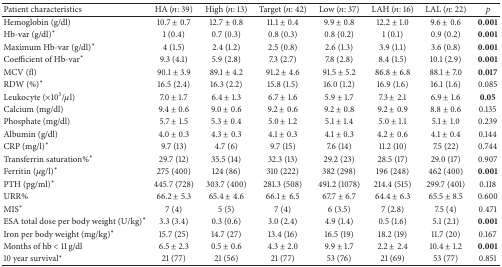
<table><thead><tr><td><b>Patient characteristics</b></td><td><b>HA (<i>n</i>: 39)</b></td><td><b>High (<i>n</i>: 13)</b></td><td><b>Target (<i>n</i>: 42)</b></td><td><b>Low (<i>n</i>: 37)</b></td><td><b>LAH (<i>n</i>: 16)</b></td><td><b>LAL (<i>n</i>: 22)</b></td><td><b><i>p</i></b></td></tr></thead><tbody><tr><td>Hemoglobin (g/dl)</td><td>10.7 ± 0.7</td><td>12.7 ± 0.8</td><td>11.1 ± 0.4</td><td>9.9 ± 0.8</td><td>12.2 ± 1.0</td><td>9.6 ± 0.6</td><td><b>0.001</b></td></tr><tr><td>Hb-var (g/dl)<sup><i>∗</i></sup></td><td>1 (0.4)</td><td>0.7 (0.3)</td><td>0.8 (0.3)</td><td>0.8 (0.2)</td><td>1 (0.1)</td><td>0.9 (0.2)</td><td><b>0.001</b></td></tr><tr><td>Maximum Hb-var (g/dl)<sup><i>∗</i></sup></td><td>4 (1.5)</td><td>2.4 (1.2)</td><td>2.5 (0.8)</td><td>2.6 (1.3)</td><td>3.9 (1.1)</td><td>3.6 (0.8)</td><td><b>0.001</b></td></tr><tr><td>Coefficient of Hb-var<sup><i>∗</i></sup></td><td>9.3 (4.1)</td><td>5.9 (2.8)</td><td>7.3 (2.7)</td><td>7.8 (2.8)</td><td>8.4 (1.5)</td><td>10.1 (2.9)</td><td><b>0.001</b></td></tr><tr><td>MCV (fl)</td><td>90.1 ± 3.9</td><td>89.1 ± 4.2</td><td>91.2 ± 4.6</td><td>91.5 ± 5.2</td><td>86.8 ± 6.8</td><td>88.1 ± 7.0</td><td><b>0.017</b></td></tr><tr><td>RDW (%)<sup><i>∗</i></sup></td><td>16.5 (2.4)</td><td>16.3 (2.2)</td><td>15.8 (1.5)</td><td>16.0 (1.2)</td><td>16.9 (1.6)</td><td>16.1 (1.6)</td><td>0.085</td></tr><tr><td>Leukocyte (×10<sup>3</sup>/<i>μ</i>l)</td><td>7.0 ± 1.7</td><td>6.4 ± 1.3</td><td>6.7 ± 1.6</td><td>5.9 ± 1.7</td><td>7.3 ± 2.1</td><td>6.9 ± 1.6</td><td><b>0.05</b></td></tr><tr><td>Calcium (mg/dl)</td><td>9.4 ± 0.6</td><td>9.0 ± 0.6</td><td>9.2 ± 0.6</td><td>9.2 ± 0.8</td><td>9.2 ± 0.9</td><td>8.8 ± 0.6</td><td>0.135</td></tr><tr><td>Phosphate (mg/dl)</td><td>5.7 ± 1.5</td><td>5.3 ± 0.4</td><td>5.0 ± 1.2</td><td>5.1 ± 1.4</td><td>5.0 ± 1.1</td><td>5.1 ± 1.0</td><td>0.239</td></tr><tr><td>Albumin (g/dl)</td><td>4.0 ± 0.3</td><td>4.3 ± 0.3</td><td>4.1 ± 0.3</td><td>4.1 ± 0.3</td><td>4.2 ± 0.6</td><td>4.1 ± 0.4</td><td>0.144</td></tr><tr><td>CRP (mg/l)<sup><i>∗</i></sup></td><td>9.7 (13)</td><td>4.7 (6)</td><td>9.7 (15)</td><td>7.6 (14)</td><td>11.2 (10)</td><td>7.5 (22)</td><td>0.744</td></tr><tr><td>Transferrin saturation%<sup><i>∗</i></sup></td><td>29.7 (12)</td><td>35.5 (14)</td><td>32.3 (13)</td><td>29.2 (23)</td><td>28.5 (17)</td><td>29.0 (17)</td><td>0.907</td></tr><tr><td>Ferritin (<i>μ</i>g/l)<sup><i>∗</i></sup></td><td>275 (400)</td><td>124 (86)</td><td>310 (222)</td><td>382 (298)</td><td>196 (248)</td><td>462 (400)</td><td><b>0.001</b></td></tr><tr><td>PTH (pg/ml)<sup><i>∗</i></sup></td><td>445.7 (728)</td><td>303.7 (400)</td><td>281.3 (508)</td><td>491.2 (1078)</td><td>214.4 (515)</td><td>299.7 (401)</td><td>0.118</td></tr><tr><td>URR%</td><td>66.2 ± 5.3</td><td>65.4 ± 4.6</td><td>66.1 ± 6.5</td><td>67.7 ± 6.7</td><td>64.4 ± 6.3</td><td>65.5 ± 8.5</td><td>0.600</td></tr><tr><td>MIS<sup><i>∗</i></sup></td><td>7 (4)</td><td>5 (5)</td><td>7 (4)</td><td>6 (3.5)</td><td>7 (2.8)</td><td>7.5 (4)</td><td>0.471</td></tr><tr><td>ESA total dose per body weight (U/kg)<sup><i>∗</i></sup></td><td>3.3 (3.4)</td><td>0.3 (0.6)</td><td>3.0 (2.4)</td><td>4.9 (1.4)</td><td>0.5 (1.6)</td><td>5.1 (2.1)</td><td><b>0.001</b></td></tr><tr><td>Iron per body weight (mg/kg)<sup><i>∗</i></sup></td><td>15.7 (25)</td><td>14.7 (27)</td><td>13.4 (16)</td><td>16.5 (19)</td><td>18.2 (19)</td><td>11.7 (20)</td><td>0.167</td></tr><tr><td>Months of hb &lt; 11 g/dl</td><td>6.5 ± 2.3</td><td>0.5 ± 0.6</td><td>4.3 ± 2.0</td><td>9.9 ± 1.7</td><td>2.2 ± 2.4</td><td>10.4 ± 1.2</td><td><b>0.001</b></td></tr><tr><td>10 year survival<sup><i>∗</i></sup></td><td>21 (77)</td><td>21 (56)</td><td>21 (77)</td><td>53 (76)</td><td>21 (69)</td><td>53 (77)</td><td>0.851</td></tr></tbody></table>